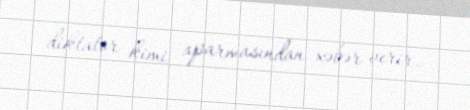
diktator kimi aparmasından xəbər verir.